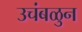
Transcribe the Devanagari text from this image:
उचंबळुन